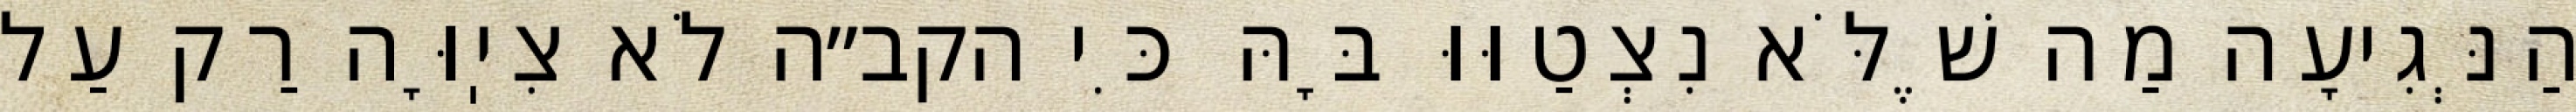
הַנְּגִיעָה מַה שֶׁלֹּא נִצְטַוּוּ בָּהּ כִּי הקב״ה לֹא צִיֽוָּה רַק עַל